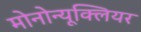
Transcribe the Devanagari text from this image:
मोनोन्यूक्लियर